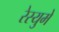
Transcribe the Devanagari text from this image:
रेस्युमे